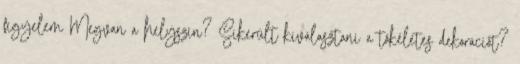
figyelem Megvan a helyszín? Sikerült kiválasztani a tökéletes dekorációt?